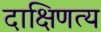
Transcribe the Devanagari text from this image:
दाक्षिणत्य